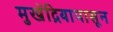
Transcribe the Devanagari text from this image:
मुखेंद्रियापासून